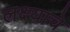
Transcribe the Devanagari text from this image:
लक्ष्याचे